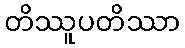
တိဿူပတိဿာ